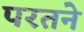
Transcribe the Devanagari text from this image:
परतने